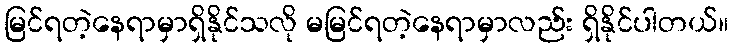
မြင်ရတဲ့နေရာမှာရှိနိုင်သလို မမြင်ရတဲ့နေရာမှာလည်း ရှိနိုင်ပါတယ်။